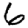
Digit: 6